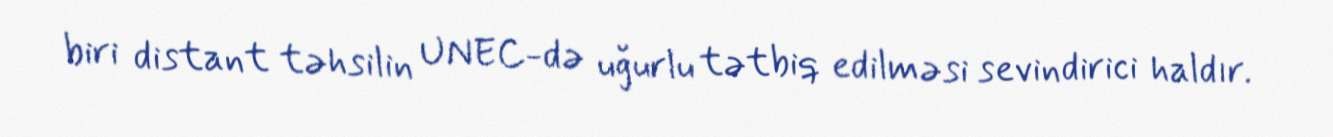
biri distant təhsilin UNEC-də uğurlu tətbiq edilməsi sevindirici haldır.